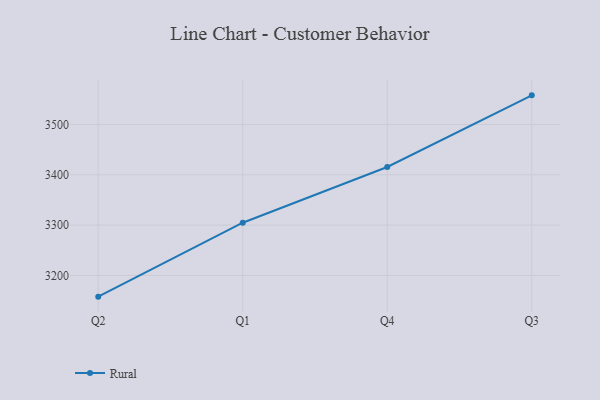
{"axis": {"x": "Quarter", "y": "Inventory Turnover"}, "legend": ["Rural"], "data": [{"x": "Q2", "y": 3157.9, "type": "Rural"}, {"x": "Q1", "y": 3304.8, "type": "Rural"}, {"x": "Q4", "y": 3415.5, "type": "Rural"}, {"x": "Q3", "y": 3557.8, "type": "Rural"}]}